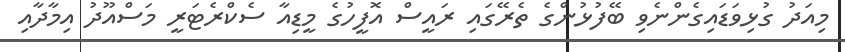
މިއަދު ގުޅިވަޑައިގެންނެވި ބޭފުޅުންގެ ތެރޭގައި ރައީސް އޮފީހުގެ މީޑިއާ ސެކްރެޓަރީ މަސްއޫދު އިމާދާއި